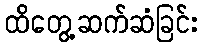
ထိတွေ့ဆက်ဆံခြင်း